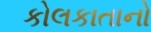
કોલકાતાનો